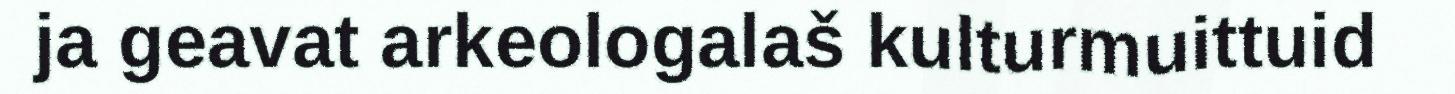
ja geavat arkeologalaš kulturmuittuid